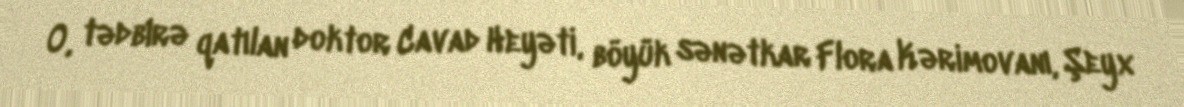
O, tədbirə qatılan doktor Cavad Heyəti, böyük sənətkar Flora Kərimovanı, Şeyx